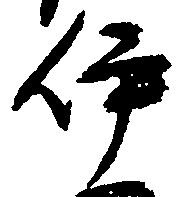
伊